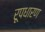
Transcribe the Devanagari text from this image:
रूपधारण